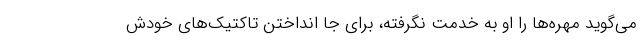
می‌گوید مهره‌ها را او به خدمت نگرفته، برای جا انداختن تاکتیک‌های خودش